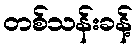
တစ်သန်းခန့်